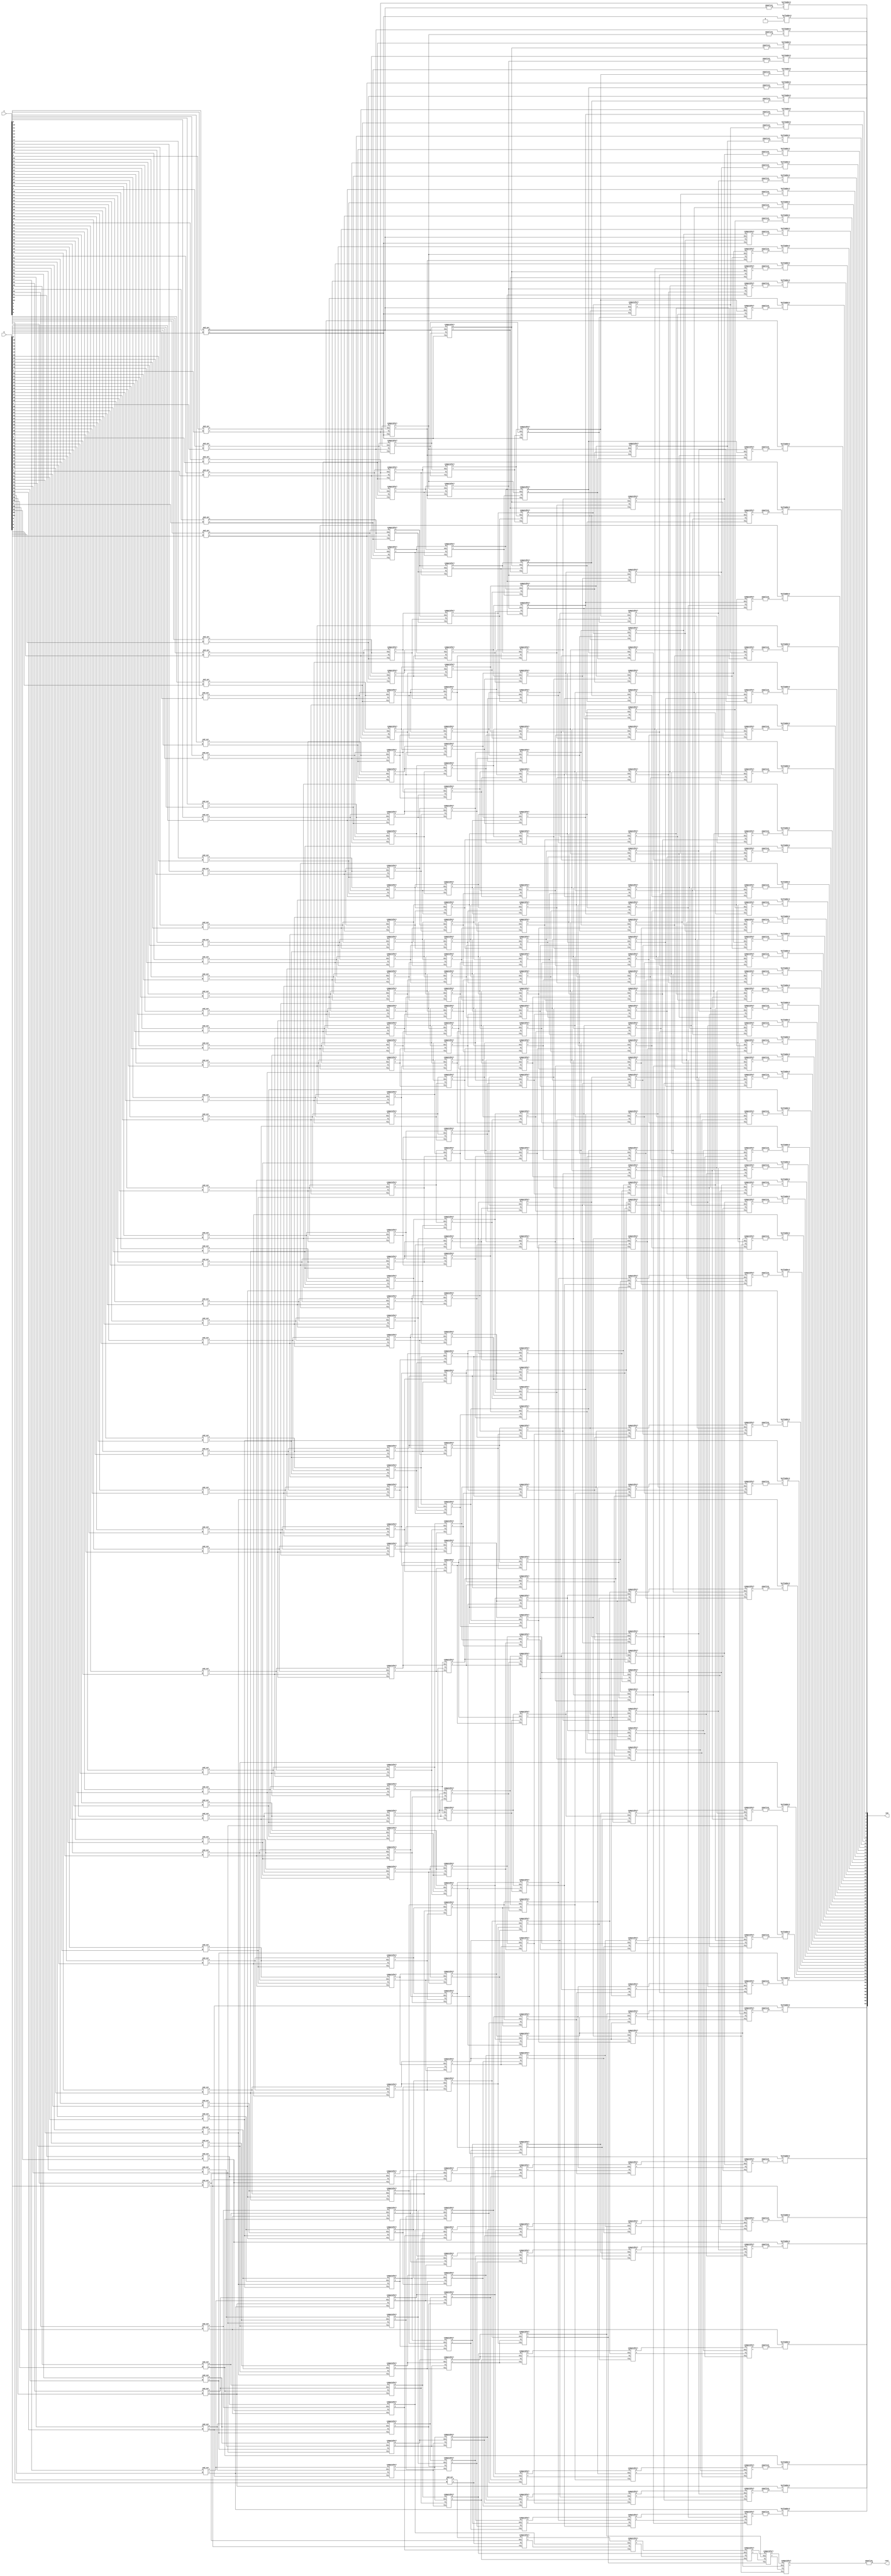

module RecursiveCarryAdder64(
output [63:0] sum,
output cout,
input [63:0] a,b);
  
wire cin = 1'b0;
wire [63:0] c,x,y;
  
and_xor axr[63:0](x, y, a, b);
wire [63:1] x2, y2;
equalize equalize_0(c[0], x[0]);
computePart comp_0[63:1](x2[63:1], y2[63:1], x[63:1], y[63:1], x[62:0], y[62:0]);

wire [63:2] x3, y3;
equalize equalize_1(c[1], x2[1]);
computePart comp_1[63:2](x3[63:2], y3[63:2], x2[63:2], y2[63:2], {x2[61:1],x[0]}, {y2[61:1],y[0]});

wire [63:4] x4, y4;
equalize equalize_2[3:2](c[3:2], x3[3:2]);
computePart comp_2[63:4](x4[63:4], y4[63:4], x3[63:4], y3[63:4], {x3[59:2],x2[1],x[0]}, {y3[59:2],y2[1],y[0]});

wire [63:8] x5, y5;
equalize equalize_3[7:4](c[7:4], x4[7:4]);
computePart comp_3[63:8](x5[63:8], y5[63:8], x4[63:8], y4[63:8], {x4[55:4],x3[3:2],x2[1],x[0]}, {y4[55:4],y3[3:2],y2[1],y[0]});
        
wire [63:16] x6, y6;
equalize equalize_4[15:8](c[15:8], x5[15:8]);
computePart comp_4[63:16](x6[63:16], y6[63:16], x5[63:16], y5[63:16], {x5[47:8],x4[7:4],x3[3:2],x2[1],x[0]}, {y5[47:8],y4[7:4],y3[3:2],y2[1],y[0]});
  
wire [63:32] x7, y7;
equalize equalize_5[31:16](c[31:16], x6[31:16]);
computePart comp_5[63:32](x7[63:32], y7[63:32], x6[63:32], y6[63:32], {x6[31:16],x5[15:8],x4[7:4],x3[3:2],x2[1],x[0]}, {y6[31:16],y5[15:8],y4[7:4],y3[3:2],y2[1],y[0]});



equalize equalize_6[63:32](c[63:32], x6[63:32]);
halfadder2 adder_0(sum[0],y[0],cin);
halfadder2 adder_1[63:1](sum[63:1],y[63:1], c[62:0]);
buf(cout, c[63]);


endmodule



module and_xor(
output X, Y,
input A, B);
and(X, A, B);
xor(Y, A, B);
endmodule

module halfadder2(
output Z,
input X, Y);
xor(Z, X, Y);
endmodule



module equalize(
output R,
input I);
assign R=I;
endmodule

module computePart(output X, Y, input Xi, Yi, Xii, Yii);
wire w;
and(w, Yi, Xii);
or(X, w, Xi);
and(Y, Yi, Yii);
endmodule